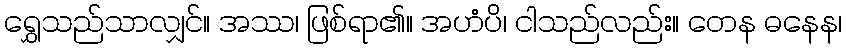
ရွှေသည်သာလျှင်။ အဿ၊ ဖြစ်ရာ၏။ အဟံပိ၊ ငါသည်လည်း။ တေန ဓနေန၊